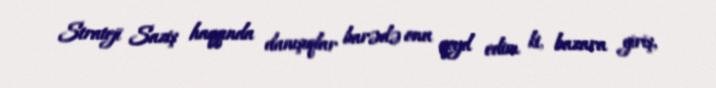
Strateji Saziş haqqında danışıqlar barədə onu qeyd edim ki, bazara giriş,